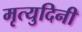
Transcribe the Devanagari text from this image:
मृत्युदिनी